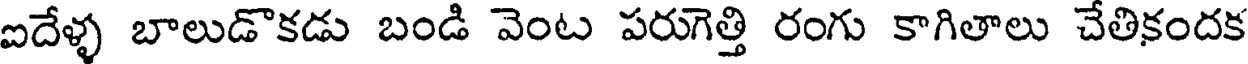
ఐదేళ్ళ బాలుడొకడు బండి వెంట పరుగెత్తి రంగు కాగితాలు చేతికందక